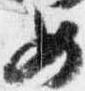
女